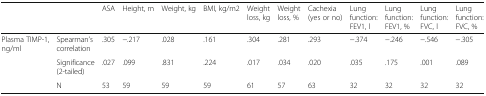
<table><thead><tr><td>[EMPTY_CELL]</td><td>[EMPTY_CELL]</td><td><b>ASA</b></td><td><b>Height, m</b></td><td><b>Weight, kg</b></td><td><b>BMI, kg/m2</b></td><td><b>Weight loss, kg</b></td><td><b>Weight loss, %</b></td><td><b>Cachexia (yes or no)</b></td><td><b>Lung function: FEV1, l</b></td><td><b>Lung function: FEV1, %</b></td><td><b>Lung function: FVC, l</b></td><td><b>Lung function: FVC, %</b></td></tr></thead><tbody><tr><td>Plasma TIMP-1, ng/ml</td><td>Spearman’s correlation</td><td>.305</td><td>−.217</td><td>.028</td><td>.161</td><td>.304</td><td>.281</td><td>.293</td><td>−.374</td><td>−.246</td><td>−.546</td><td>−.305</td></tr><tr><td>[EMPTY_CELL]</td><td>Significance (2-tailed)</td><td>.027</td><td>.099</td><td>.831</td><td>.224</td><td>.017</td><td>.034</td><td>.020</td><td>.035</td><td>.175</td><td>.001</td><td>.089</td></tr><tr><td>[EMPTY_CELL]</td><td>N</td><td>53</td><td>59</td><td>59</td><td>59</td><td>61</td><td>57</td><td>63</td><td>32</td><td>32</td><td>32</td><td>32</td></tr></tbody></table>